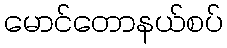
မောင်တောနယ်စပ်